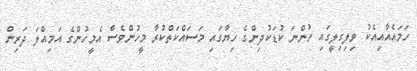
ހަމައެއާއިއެކު ވިލިގިލީގައި ހުންނަ ކުޑަކުދިންގެ ހިޔާގައި މަސައްކަތްކުރާ މީހުންވެސް އެމީހުންގެ އަމިއްލަ ދަރިން